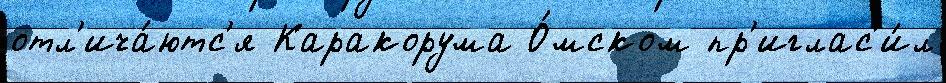
отл'ича́ютс'я Каракорума О́мском пр'иглас'и́л